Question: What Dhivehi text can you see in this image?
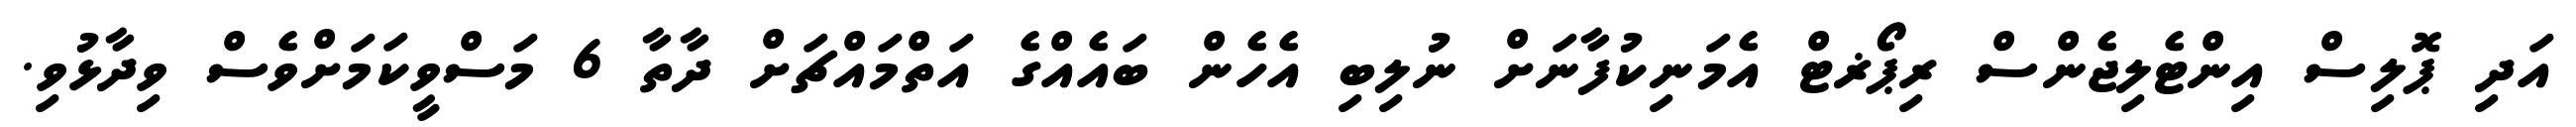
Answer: އަދި ޕޮލިސް އިންޓެލިޖެންސް ރިޕޯޜޓް އެމަނިކުފާނަށް ނުލިބި އެހެން ބައެއްގެ އަތްމައްޗަށް ދާތާ 6 މަސްވީކަމަށްވެސް ވިދާޅުވި.